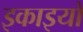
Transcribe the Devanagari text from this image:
इकाइयो